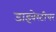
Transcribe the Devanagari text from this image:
डाइवेस्टीचर